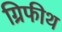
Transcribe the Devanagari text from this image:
ग्रिफीथ